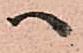
へ